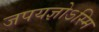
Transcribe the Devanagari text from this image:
जपयज्ञोऽस्मि